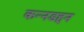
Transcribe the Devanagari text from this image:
कन्नडहून